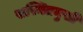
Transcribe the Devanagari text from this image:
सस्मितमुखी